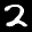
Label: 2